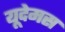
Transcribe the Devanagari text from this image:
यूदेमस